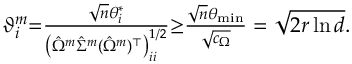
\begin{array} { r } { \vartheta _ { i } ^ { m } { = } \frac { \sqrt { n } \theta _ { i } ^ { * } } { \left( \hat { \Omega } ^ { m } \hat { \Sigma } ^ { m } ( \hat { \Omega } ^ { m } ) ^ { \top } \right) _ { i i } ^ { 1 / 2 } } { \geq } \frac { \sqrt { n } \theta _ { \operatorname* { m i n } } } { \sqrt { c _ { \Omega } } } = \sqrt { 2 r \ln d } . } \end{array}